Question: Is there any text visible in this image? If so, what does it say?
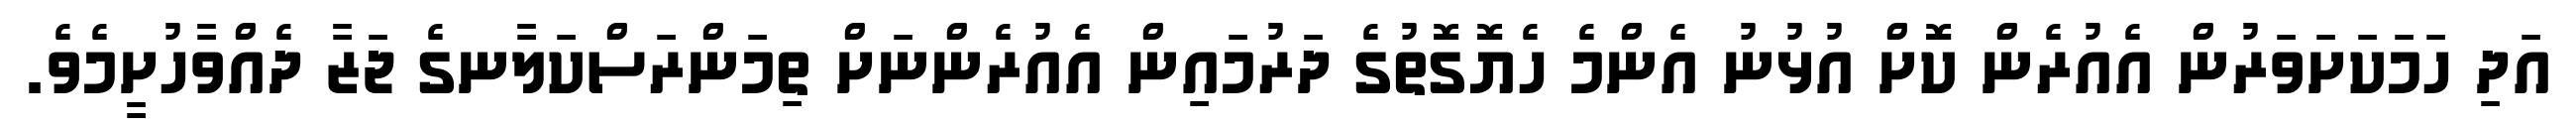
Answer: އަދި ހަމަކަށަވަރުން އެއުރެން ކޮށް އުޅުނު އެންމެ ހެޔޮގޮތުގެ ދަރުމައިން އެއުރެންނަށް ތިމަންރަސްކަލާނގެ ޖަޒާ ދެއްވާހުށީމެވެ.